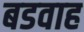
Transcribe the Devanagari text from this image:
बडवाह